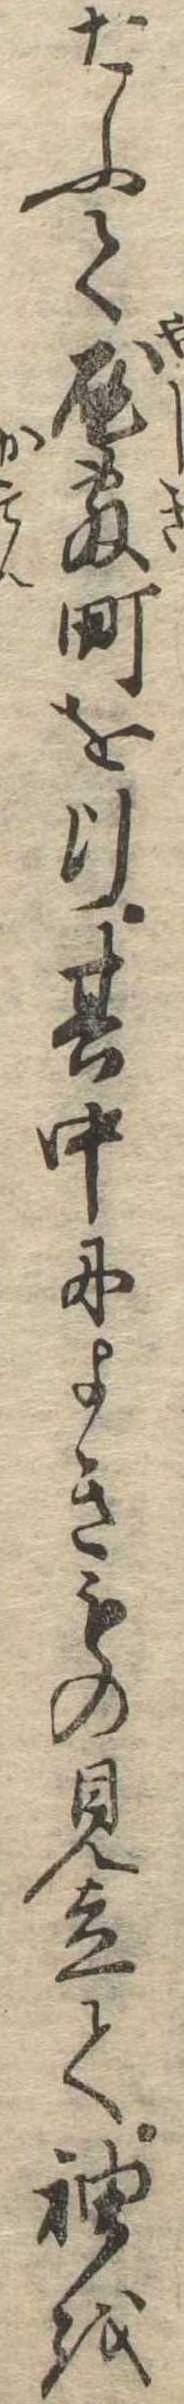
たふて屋敷町を行其中によきもの見立て袖を